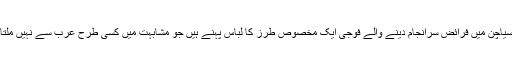
سیاچن میں فرائض سرانجام دینے والے فوجی ایک مخصوص طرز کا لباس پہنے ہیں جو مشابہت میں کسی طرح عرب سے نہیں ملتا۔